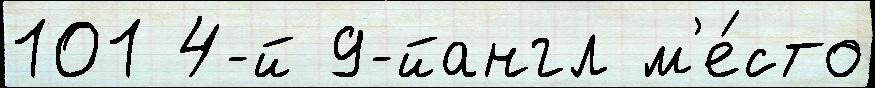
101 4-й 9-йангл м'е́сто